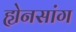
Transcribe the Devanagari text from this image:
ह्येनसांग